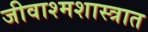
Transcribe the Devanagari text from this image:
जीवाश्मशास्त्रात